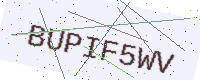
Text: BUPIF5WV